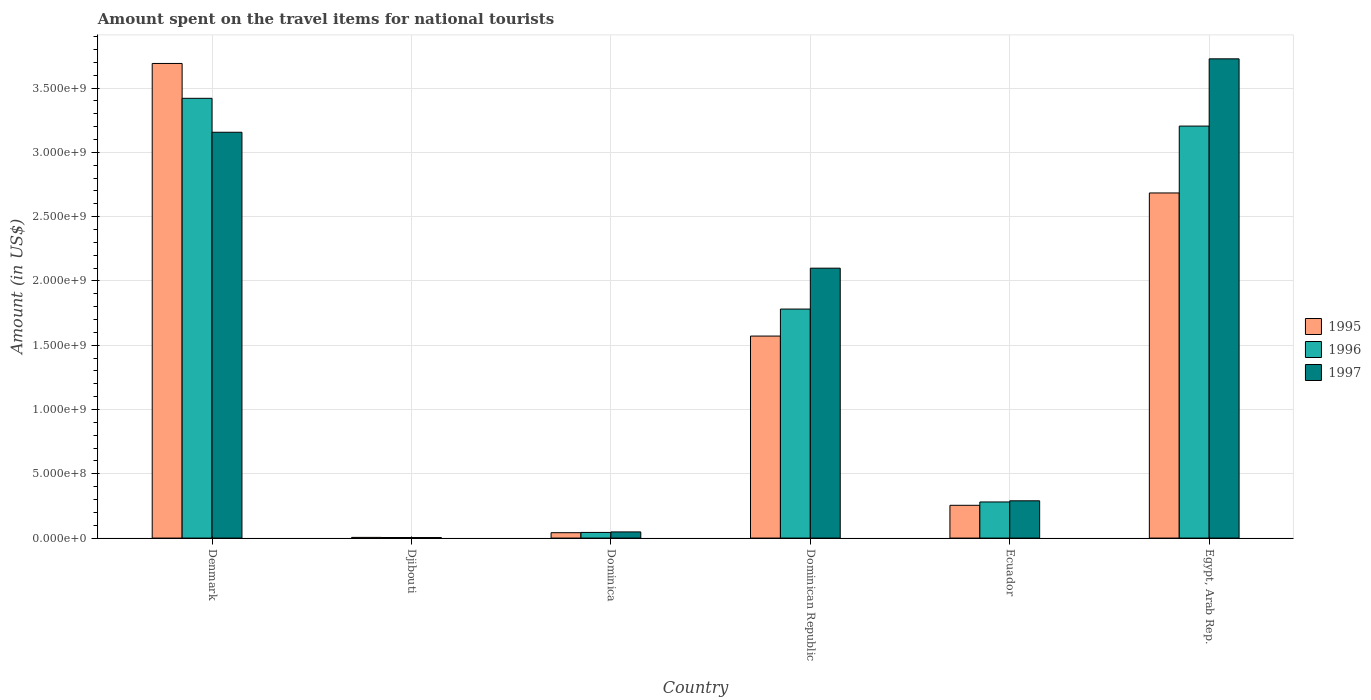
| Country | 1995 | 1996 | 1997 |
 | --- | --- | --- | --- |
 | Denmark | 3.69e+09 | 3.42e+09 | 3.16e+09 |
 | Djibouti | 5.4e+06 | 4.6e+06 | 4.2e+06 |
 | Dominica | 4.2e+07 | 4.4e+07 | 4.8e+07 |
 | Dominican Republic | 1.57e+09 | 1.78e+09 | 2.1e+09 |
 | Ecuador | 2.55e+08 | 2.81e+08 | 2.9e+08 |
 | Egypt, Arab Rep. | 2.68e+09 | 3.2e+09 | 3.73e+09 |